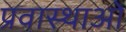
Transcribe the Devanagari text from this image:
प्रवास्थाओ